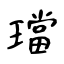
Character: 璫